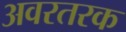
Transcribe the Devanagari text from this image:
अवरतरक